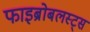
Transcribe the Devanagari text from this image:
फाइब्रोबलस्ट्स